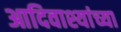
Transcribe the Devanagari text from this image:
आदिवाश्यांच्या